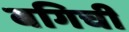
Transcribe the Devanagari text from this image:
बगिची